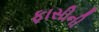
ફાસીની